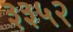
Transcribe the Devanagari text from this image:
३३५२